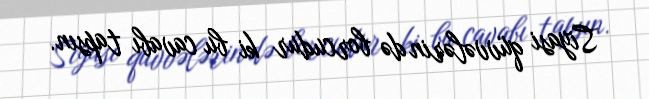
Siyasi qüvvələrin də borcudur ki bu cavabı tapsın.